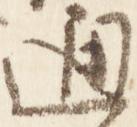
通